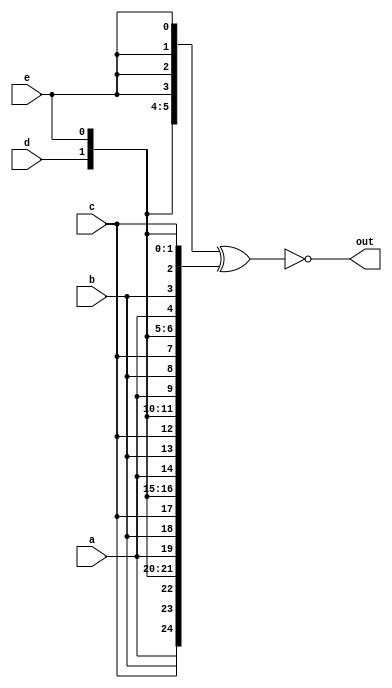
module top_module (
    input a, b, c, d, e,
    output [24:0] out );//

    wire [24:0]t_v;
    assign t_v = {{5{a}}, {5{b}}, {5{c}}, {5{d}}, {5{e}}};

    wire [24:0]b_v;
    assign b_v = {{5{a, b, c, d, e}}};

    assign out = ~(t_v ^ b_v);

endmodule